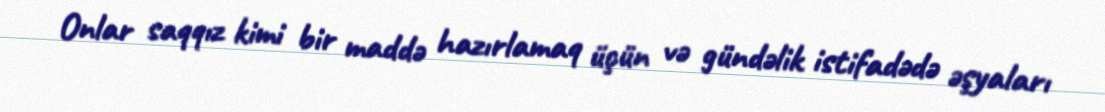
Onlar saqqız kimi bir maddə hazırlamaq üçün və gündəlik istifadədə əşyaları